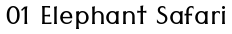
01 Elephant Safari